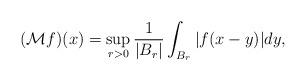
LaTeX: \begin{align*}(\mathcal Mf)(x) = \sup_{r>0} \frac 1 {|B_r|} \int_{B_r} |f(x-y)| dy,\end{align*}